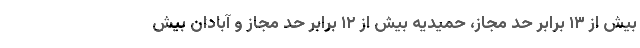
بیش از ۱۳ برابر حد مجاز، حمیدیه بیش از ۱۲ برابر حد مجاز و آبادان بیش